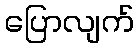
ပြောလျက်